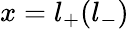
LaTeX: x=l_{+}(l_{-})